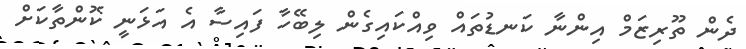
ދެން ތޫރިޒަމް އިންނާ ކަނޑުތައް ވިއްކައިގެން ލިބޭހާ ފައިސާ އެ އަޅަނީ ކޮންތާކަށް